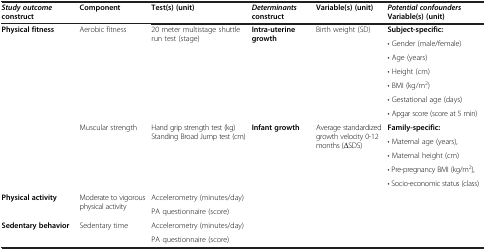
<table><thead><tr><td><b><i>Study outcome </i>construct</b></td><td><b>Component</b></td><td><b>Test(s) (unit)</b></td><td><b><i>Determinants </i>construct</b></td><td><b>Variable(s) (unit)</b></td><td><b><i>Potential confounders </i>Variable(s) (unit)</b></td></tr></thead><tbody><tr><td rowspan="7"><b>Physical fitness</b></td><td rowspan="7">Aerobic fitness</td><td rowspan="7">20 meter multistage shuttle run test (stage)</td><td rowspan="7"><b>Intra-uterine growth</b></td><td rowspan="7">Birth weight (SD)</td><td><b>Subject-specific:</b></td></tr><tr><td>• Gender (male/female)</td></tr><tr><td>• Age (years)</td></tr><tr><td>• Height (cm)</td></tr><tr><td>• BMI (kg/m<sup>2</sup>)</td></tr><tr><td>• Gestational age (days)</td></tr><tr><td>• Apgar score (score at 5 min)</td></tr><tr><td rowspan="5"> </td><td rowspan="5">Muscular strength</td><td rowspan="5">Hand grip strength test (kg) Standing Broad Jump test (cm)</td><td rowspan="5"><b>Infant growth</b></td><td rowspan="5">Average standardized growth velocity 0-12 months (ΔSDS)</td><td><b>Family-specific:</b></td></tr><tr><td>• Maternal age (years),</td></tr><tr><td>• Maternal height (cm)</td></tr><tr><td>• Pre-pregnancy BMI (kg/m<sup>2</sup>),</td></tr><tr><td>• Socio-economic status (class)</td></tr><tr><td rowspan="2"><b>Physical activity</b></td><td rowspan="2">Moderate to vigorous physical activity</td><td>Accelerometry (minutes/day)</td><td rowspan="2"> </td><td rowspan="2"> </td><td rowspan="2"> </td></tr><tr><td>PA questionnaire (score)</td></tr><tr><td rowspan="2"><b>Sedentary behavior</b></td><td rowspan="2">Sedentary time</td><td>Accelerometry (minutes/day)</td><td> </td><td> </td><td> </td></tr><tr><td>PA questionnaire (score)</td><td> </td><td> </td><td> </td></tr></tbody></table>